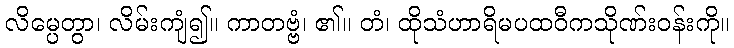
လိမ္ပေတွာ၊ လိမ်းကျံ၍။ ကာတဗ္ဗံ၊ ၏။ တံ၊ ထိုသံဟာရိမပထဝီကသိုဏ်းဝန်းကို။